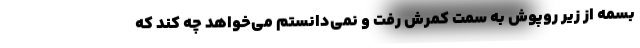
بسمه از زیر روپوش به سمت کمرش رفت و نمی‌دانستم می‌خواهد چه کند که